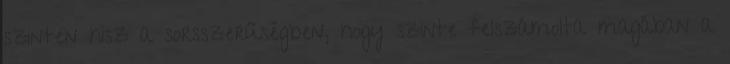
szinten hisz a sorsszerűségben, hogy szinte felszámolta magában a